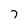
Character: 7